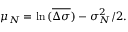
\mu _ { N } = \ln { ( \overline { { \Delta \sigma } } ) } - \sigma _ { N } ^ { 2 } / 2 .